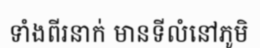
ទាំងពីរនាក់ មានទីលំនៅភូមិ